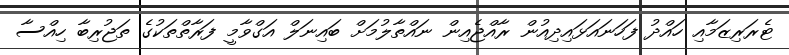
ޓެރަރިޒަމާއި ހައްދު ފަހަނައަޅައިދިއުން ރާއްޖެއިން ނައްތާލުމަށް ބައިނަލް އަގްވާމީ ފަރާތްތަކުގެ ތަޖުރިބާ ހިއްސާ